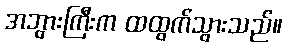
အဘွားကြီးက ထထွက်သွားသည်။